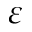
\varepsilon